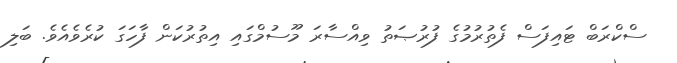
ސްކްރަބް ޓައިފަސް ފެތުރުމުގެ ފުރުޞަތު ވިއްސާރަ މޫސުމްގައި އިތުރުކަން ފާހަގަ ކުރެވެއެވެ. ބަލި